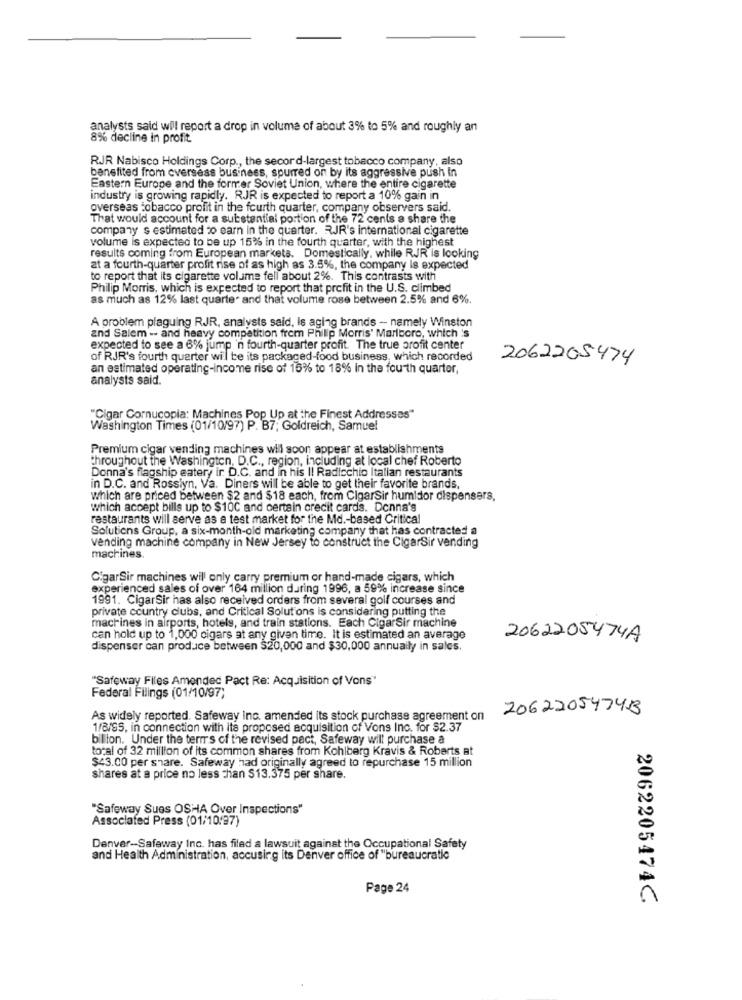
analysts said will report a drop in volume of about 3% to 5% and roughly an
8% decline in profit.
RJR Nabisco Holdings Corp ., the secord-largest tobacco company, also
benefited from cversess business, spurred on by its aggressive push In
Eastern Europe and the former Soviet Union, where the entire cigarette
industry is growing rapidly. RJR is expected to report a 10% gain in
overseas tobacco profit in the fourth quarter, company observers said.
That would account for a substantial portion of the 72 cents a share the
company s estimated to earn in the quarter. RJR's international cigarette
volume is expected to be up 15% in the fourth quarter, with the highest
results coming from European markets. Domestically, while RJR is looking
at a fourth-quarter profit rise of as high as 3.5%, the company Is expected
to report that its cigarette volume fell about 2%. This contrasts with
Philip Morris, which is expected to report that profit in the U.S. climbed
as much as 12% last quarter and that volume rose between 2.5% and 6%.
A problem plaguing RJR, analysts said, Is aging brands -- namely Winston
and Salem -- and heavy competition frem Philip Morris' Marlboro, which 's
expected to see a 6% jump 'n fourth-quarter profit. The true profit center
of RJR's fourth quarter wil be its packaged-food business, which recorded
2062205474
an estimated operating-income rise of 15% to 18% in the fourth quarter,
analysts said.
"Cigar Cornucopia: Machines Pop Up at the Finest Addresses"
Washington Times (01/10/97) P. B7; Goldreich, Samuel
Premium cigar vending machines wil soon appear at establishments
throughout the Washington, D.C ., region, including at local chef Roberto
Donna's flagship eater, ir D.C. and in his Il Radicchio Italian restaurants
in D.C. and Rosslyn, Va. Diners will be able to get their favorite brands,
which are priced between $2 and $18 each, from CigarSir humidor dispensers,
which accept bills up to $10C and certain credit cards. Donna's
restaurants will serve as a test market for the Md .- based Critical
Solutions Group, a six-month-old marketing company that has contracted a
vending machine company in New Jersey to construct the CigarSir vending
machines.
CigarSir machines will only carry premium or hand-made cigars, which
experienced sales of over 164 million during 1996, a 59% increase since
1991. CigarSir has also received orders from several golf courses and
private country clubs, and Critical Solutions is considering putting the
machines in airports, hotels, and train stations. Each CigarSir machine
can hold up to 1,000 cigars at any given time. It is estimated an average
2062205474A
dispenser can produce between $20,000 and $30,000 annually in sales.
"Safeway Files Amended Pact Re: Acquisition of Vons"
Federal Filings (01/10/97;
206220547413
As widely reported. Safeway Inc. amended its stock purchase agreement on
1/8/95, in connection with its proposed acquisition of Vons Inc. for $2.37
billion. Under the terms of the revised pact, Safeway will purchase a
total of 32 million of its common shares from Kohlberg Kravis & Roberts at
$43.00 per share. Safeway had originally agreed to repurchase 15 million
shares at a price no less than $13.375 per share.
"Safeway Sues OSHA Over Inspections"
Associated Press (01/10/97)
Denver-Safeway Inc. has filed a lawsuit against the Occupational Safety
and Health Administration, accusing its Denver office of "bureaucratic
Page 24
2062205474C.